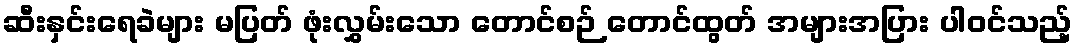
ဆီးနှင်းရေခဲများ မပြတ် ဖုံးလွှမ်းသော တောင်စဉ် တောင်ထွတ် အများအပြား ပါဝင်သည့်